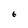
Character: b